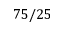
7 5 / 2 5